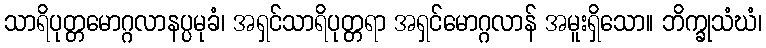
သာရိပုတ္တမောဂ္ဂလာနပ္ပမုခံ၊ အရှင်သာရိပုတ္တရာ အရှင်မောဂ္ဂလာန် အမူးရှိသော။ ဘိက္ခုသံဃံ၊